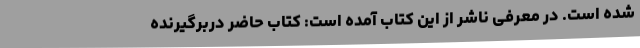
شده است. در معرفی ناشر از این کتاب آمده است: کتاب حاضر دربرگیرنده‌